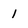
Character: 1